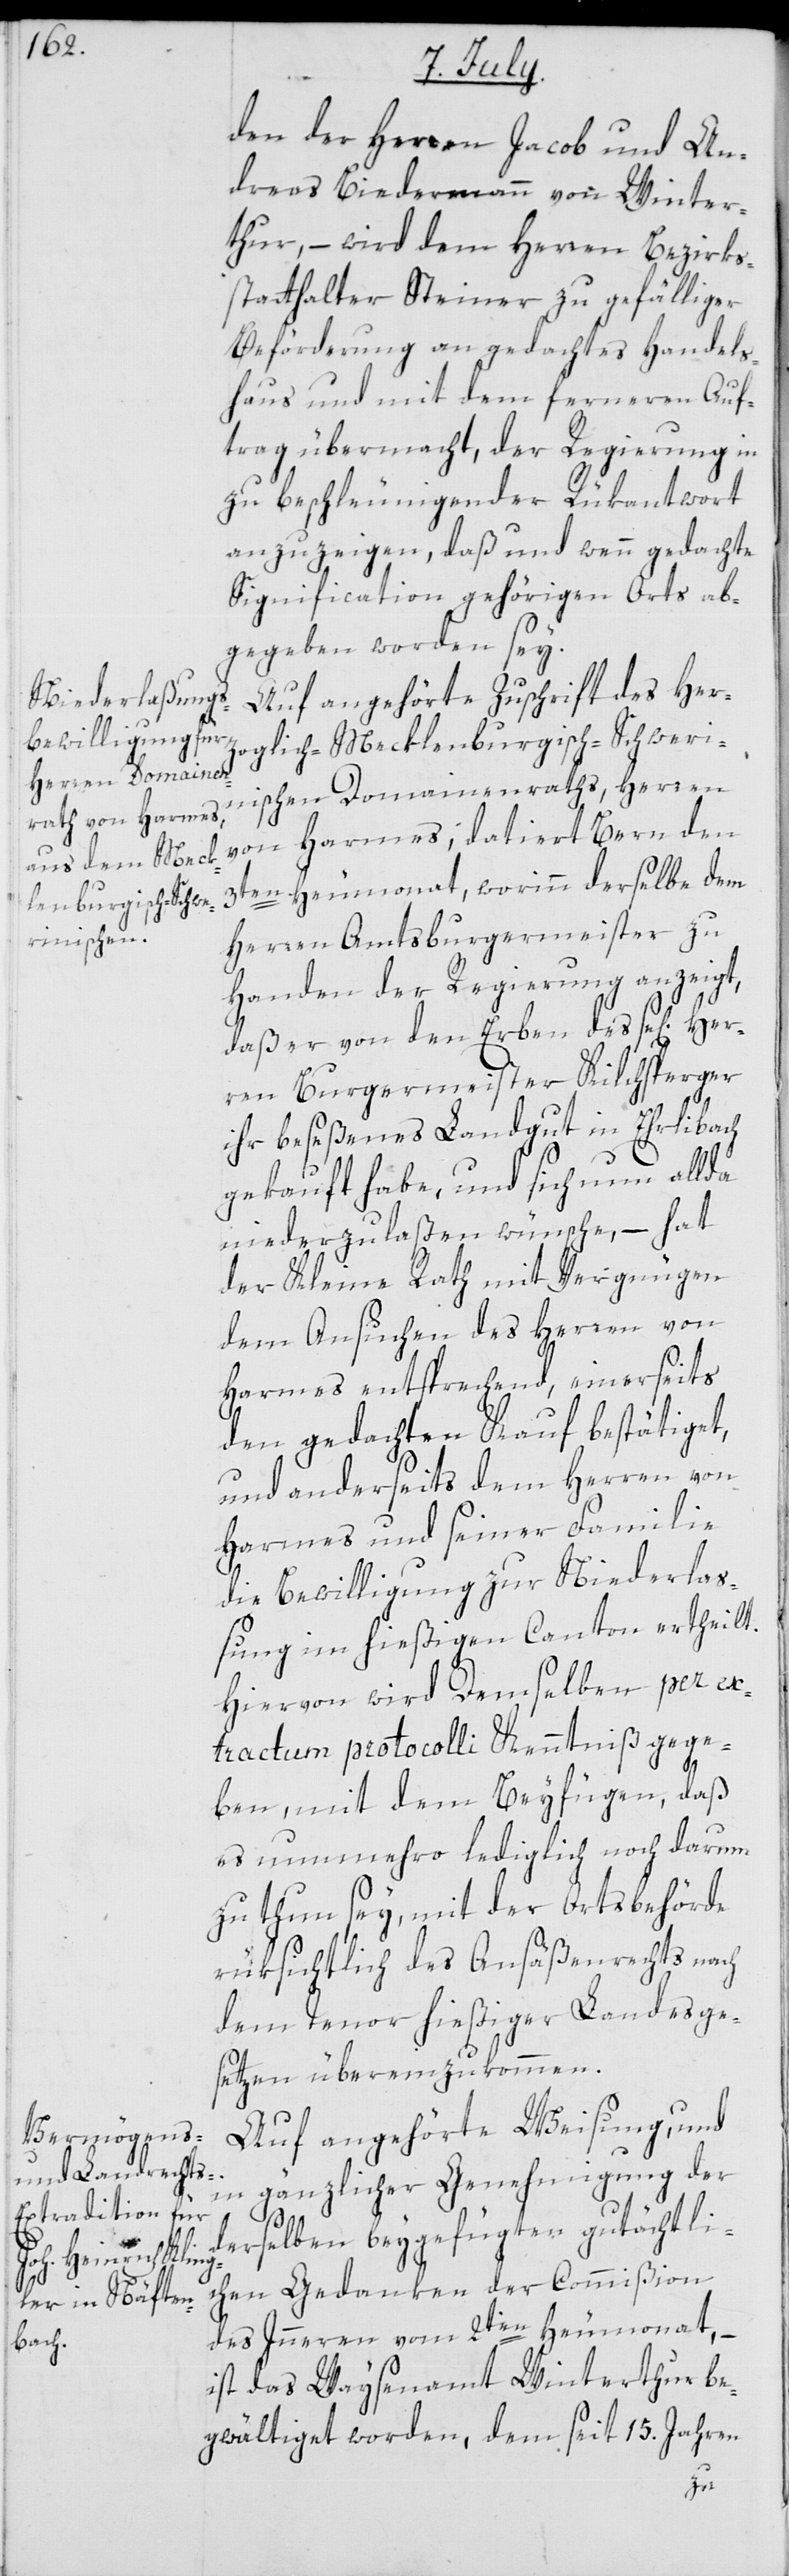
den der Herren Jacob und An¬
dreas Biedermann von Winter¬
thur, – wird dem Herren Bezirks¬
statthalter Steiner zu gefälliger
Beförderung an gedachtes Handels¬
haus und mit dem ferneren Auf¬
trag übermacht, der Regierung in
zu beschleunigender Rükantwort
anzuzeigen, daß und wenn gedachte
Signification gehörigen Orts ab¬
gegeben worden sey.
Auf angehörte Zuschrift des Her¬
zoglich-Mecklenburgisch-Schweri¬
nischen Domainenraths, Herren
von Harmes, datiert Bern den
3ten Heumonat, worinn derselbe dem
Herren Amtsburgermeister zu
Handen der Regierung anzeigt,
daß er von den Erben des se[ligen]
ren Burgermeister Kilchsperger
ihr beseßenes Landgut in Ehrlibach
gekauft habe, und sich nun allda
niederzulaßen wünsche, – hat
der Kleine Rath mit Vergnügen
dem Ansuchen des Herren von
Harmes entsprechend, einerseits
den gedachten Kauf bestätiget,
und anderseits dem Herren von
Harmes und seiner Familie
die Bewilligung zur Niederla¬
ßung im hießigen Canton ertheilt.
Hiervon wird Demselben per ex¬
tractum protocolli Kenntniß gege¬
ben, mit dem Beyfügen, daß
es nunmehro lediglich noch darum
zu thun sey, mit der Ortsbehörde
rüksichtlich des Ansäßenrechts nach
dem Tenor hießiger Landesge¬
setzen übereinzukommen.
Auf angehörte Weisung, und
gänzlicher Genehmigung der
in
derselben beygefügten gutächtli¬
chen Gedanken der Commißion
des Innern vom 2ten Heumonat, –
ist das Waysenamt Winterthur be¬
gwältiget worden, dem seit 15. Jahren
Her¬